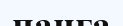
панға